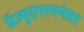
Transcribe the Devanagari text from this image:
ग्रॅज्युएशननंतर